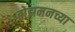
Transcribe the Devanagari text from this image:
बोझमनच्या